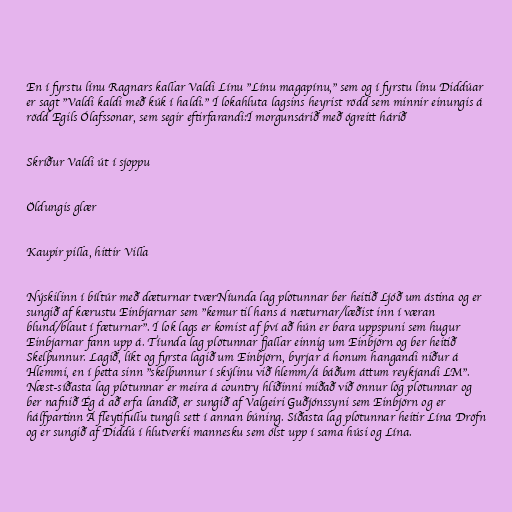
En í fyrstu línu Ragnars kallar Valdi Línu "Línu magapínu," sem og í fyrstu línu Diddúar
er sagt "Valdi kaldi með kúk í haldi." Í lokahluta lagsins heyrist rödd sem minnir einungis á
rödd Egils Ólafssonar, sem segir eftirfarandi:Í morgunsárið með ógreitt hárið

Skríður Valdi út í sjoppu

Öldungis glær

Kaupir pilla, hittir Villa

Nýskilinn í bíltúr með dæturnar tværNíunda lag plötunnar ber heitið Ljóð um ástina og er
sungið af kærustu Einbjarnar sem "kemur til hans á næturnar/læðist inn í væran
blund/blaut í fæturnar". Í lok lags er komist af því að hún er bara uppspuni sem hugur
Einbjarnar fann upp á. Tíunda lag plötunnar fjallar einnig um Einbjörn og ber heitið
Skelþunnur. Lagið, líkt og fyrsta lagið um Einbjörn, byrjar á honum hangandi niður á
Hlemmi, en í þetta sinn "skelþunnur í skýlinu við hlemm/á báðum áttum reykjandi LM".
Næst-síðasta lag plötunnar er meira á country hliðinni miðað við önnur lög plötunnar og
ber nafnið Ég á að erfa landið, er sungið af Valgeiri Guðjónssyni sem Einbjörn og er
hálfpartinn Á fleytifullu tungli sett í annan búning. Síðasta lag plötunnar heitir Lína Dröfn
og er sungið af Diddú í hlutverki mannesku sem ólst upp í sama húsi og Lína.